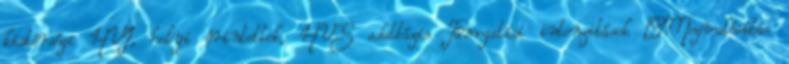
kistérségi HVI, helyi érintettek, HVS adatbázis Támogatási intenzitások ▪Megvalósítás